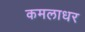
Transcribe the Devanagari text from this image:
कमलाधर